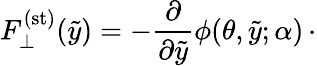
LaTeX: F_{\perp}^{(\mathrm{st})}(\tilde{y})=-\frac{\partial}{\partial\tilde{y}}\phi(\theta,\tilde{y};\alpha)\, \cdot